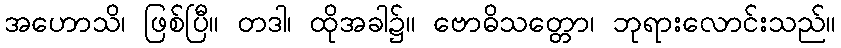
အဟောသိ၊ ဖြစ်ပြီ။ တဒါ၊ ထိုအခါ၌။ ဗောဓိသတ္တော၊ ဘုရားလောင်းသည်။